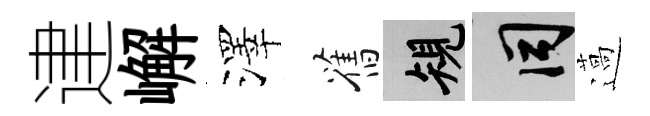
䢖嶰澤舊規间薖